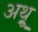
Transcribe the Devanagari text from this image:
अथ़्रू